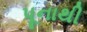
પૂનાથી